Calcutta medical institutions reports 1879-81 [i.e.91]
Year: 1879
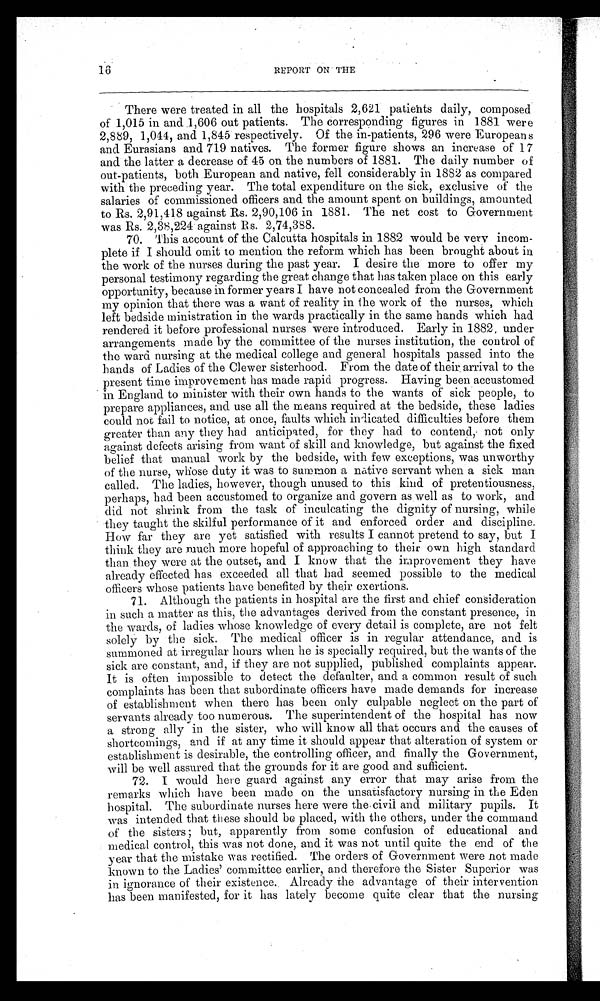
There were treated in all the hospitals 2,621 patients daily, composed
of 1,015 in and 1,606 out patients. The corresponding figures in 1881 were
2,889, 1,044, and 1,845 respectively. Of the in-patients, 296 were Europeans
and Eurasians and 719 natives. The former figure shows an increase of 17
and the latter a decrease of 45 on the numbers of 1881. The daily number of
out-patients, both European and native, fell considerably in 1882 as compared
with the preceding year. The total expenditure on the sick, exclusive of the
salaries of commissioned officers and the amount spent on buildings, amounted
to Rs. 2,91,418 against Rs. 2,90,106 in 1881. The net cost to Government
was Rs. 2,38,224 against Rs. 2,74,388.
70. This account of the Calcutta hospitals in 1882 would be very incom-
-plete if I should omit to mention the reform which has been brought about in
the work of the nurses during the past year. I desire the more to offer my
personal testimony regarding the great change that has taken place on this early
opportunity, because in former years I have not concealed from the Government
my opinion that there was a want of reality in the work of the nurses, which
left bedside ministration in the wards practically in the same hands which had
rendered it before professional nurses were introduced. Early in 1882 under
arrangements made by the committee of the nurses institution, the control of
the ward nursing at the medical college and general hospitals passed into the
hands of Ladies of the Clewer sisterhood. From the date of their arrival to the
present time improvement has made rapid progress. Having been accustomed
in England to minister with their own hands to the wants of sick people, to
prepare appliances, and use all the means required at the bedside, these ladies
could not fail to notice, at once, faults which indicated difficulties before them
greater than any they had anticipated, for they had to contend, not only
against defects arising from want of skill and knowledge, but against the fixed
belief that manual work by the bedside, with few exceptions, was unworthy
of the nurse, whose duty it was to summon a native servant when a sick man
called. The ladies, however, though unused to this kind of pretentiousness,
perhaps, had been accustomed to organize and govern as well as to work, and
did not shrink from the task of inculcating the dignity of nursing, while
they taught the skilful performance of it and enforced order and discipline.
How far they are yet satisfied with results I cannot pretend to say, but I
think they are much more hopeful of approaching to their own high standard
than they were at the outset, and I know that the improvement they have
already effected has exceeded all that had seemed possible to the medical
officers whose patients have benefited by their exertions.
71. Although the patients in hospital are the first and chief consideration
in such a matter as this, the advantages derived from the constant presence, in
the wards, of ladies whose knowledge of every detail is complete, are not felt
solely by the sick. The medical officer is in regular attendance, and is
summoned at irregular hours when he is specially required, but the wants of the
sick are constant, and, if they are not supplied, published complaints appear.
It is often impossible to detect the defaulter, and a common result of such
complaints has been that subordinate officers have made demands for increase
of establishment when there has been only culpable neglect on the part of
servants already too numerous. The superintendent of the hospital has now
a strong ally in the sister, who will know all that occurs and the causes of
shortcomings, and if at any time it should appear that alteration of system or
establishment is desirable, the controlling officer, and finally the Government,
will be well assured that the grounds for it are good and sufficient.
72. I would here guard against any error that may arise from the
remarks which have been made on the unsatisfactory nursing in the Eden
hospital. The subordinate nurses here were the civil and military pupils. It
was intended that these should be placed, with the others, under the command
of the sisters; but, apparently from some confusion of educational and
medical control, this was not done, and it was not until quite the end of the
year that the mistake was rectified. The orders of Government were not made
known to the Ladies' committee earlier, and therefore the Sister Superior was
in ignorance of their existence. Already the advantage of their intervention
has been manifested, for it has lately become quite clear that the nursing